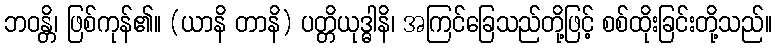
ဘဝန္တိ၊ ဖြစ်ကုန်၏။ (ယာနိ တာနိ) ပတ္တိယုဒ္ဓါနိ၊ အကြင်ခြေသည်တို့ဖြင့် စစ်ထိုးခြင်းတို့သည်။